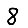
Digit: 8